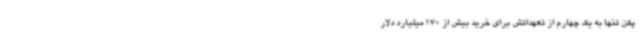
پکن تنها به یک چهارم از تعهداتش برای خرید بیش از 170 میلیارد دلار